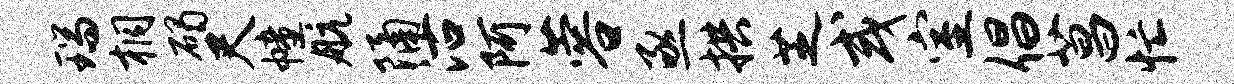
瑞桐碣尺幢航隔沽阿蓉亟拱芝或室倡菖忙